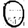
Digit: 0